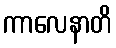
ကာလေနာတိ